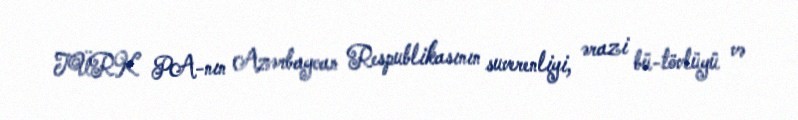
TÜRK PA-nın Azərbaycan Respublikasının suverenliyi, ərazi bü-tövlüyü və